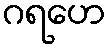
ဂရဟေ